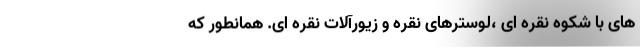
های با شکوه نقره ای ،لوسترهای نقره و زیورآلات نقره ای. همانطور که